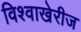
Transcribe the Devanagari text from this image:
विश्वाखेरीज